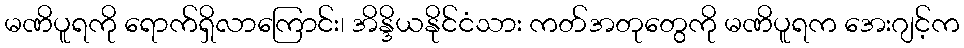
မဏိပူရကို ရောက်ရှိလာကြောင်း၊ အိန္ဒိယနိုင်ငံသား ကတ်အတုတွေကို မဏိပူရက အေးဂျင့်က